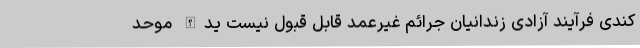
کندی فرآیند آزادی زندانیان جرائم غیرعمد قابل قبول نیست یدالله موحد